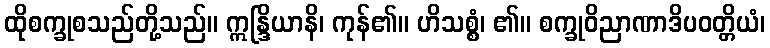
ထိုစက္ခုစသည်တို့သည်။ ဣန္ဒြိယာနိ၊ ကုန်၏။ ဟိသစ္စံ၊ ၏။ စက္ခုဝိညာဏာဒိပဝတ္တိယံ၊